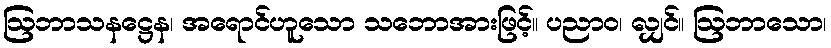
ဩဘာသနဋ္ဌေန၊ အရောင်ဟူသော သဘောအားဖြင့်။ ပညာဝ၊ လျှင်။ ဩဘာသော၊